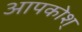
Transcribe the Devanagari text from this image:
आपकोश्